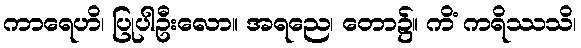
ကာရေဟိ၊ ပြုပါဦးလော။ အရညေ၊ တော၌။ ကိံ ကရိဿသိ၊